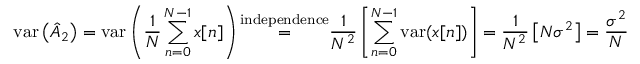
\mathrm { v a r } \left( { \hat { A } } _ { 2 } \right) = \mathrm { v a r } \left( { \frac { 1 } { N } } \sum _ { n = 0 } ^ { N - 1 } x [ n ] \right) { \overset { \mathrm { i n d e p e n d e n c e } } { = } } { \frac { 1 } { N ^ { 2 } } } \left[ \sum _ { n = 0 } ^ { N - 1 } \mathrm { v a r } ( x [ n ] ) \right] = { \frac { 1 } { N ^ { 2 } } } \left[ N \sigma ^ { 2 } \right] = { \frac { \sigma ^ { 2 } } { N } }